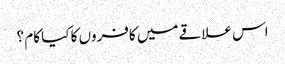
اس علاقے میں کافروں کا کیا کام ؟